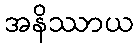
အနိဿာယ